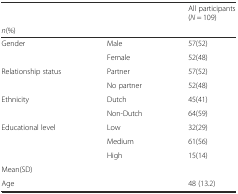
<table><thead><tr><td></td><td></td><td><b>All participants (<i>N</i> = 109)</b></td></tr><tr><td><b><i>n</i>(%)</b></td><td></td><td></td></tr></thead><tbody><tr><td>Gender</td><td>Male</td><td>57(52)</td></tr><tr><td></td><td>Female</td><td>52(48)</td></tr><tr><td>Relationship status</td><td>Partner</td><td>57(52)</td></tr><tr><td></td><td>No partner</td><td>52(48)</td></tr><tr><td>Ethnicity</td><td>Dutch</td><td>45(41)</td></tr><tr><td></td><td>Non-Dutch</td><td>64(59)</td></tr><tr><td>Educational level</td><td>Low</td><td>32(29)</td></tr><tr><td></td><td>Medium</td><td>61(56)</td></tr><tr><td></td><td>High</td><td>15(14)</td></tr><tr><td>Mean(SD)</td><td></td><td></td></tr><tr><td>Age</td><td></td><td>48 (13.2)</td></tr></tbody></table>